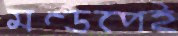
মণ্ডপেই